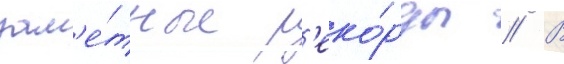
зам'е́тные р'еко́рды // В